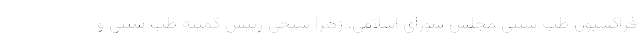
فراکسیون طب سنتی مجلس شورای اسلامی، زهرا شیخی رییس کمیته طب سنتی و